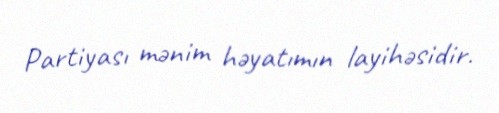
Partiyası mənim həyatımın layihəsidir.